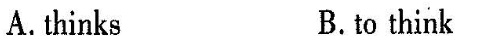
A.thinks B.to think